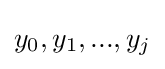
y_{0},y_{1},...,y_{j}